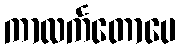
ကာလင်္ကတောပေ